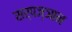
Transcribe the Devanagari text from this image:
सर्पज्ञान